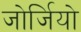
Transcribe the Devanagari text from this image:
जोर्जियो